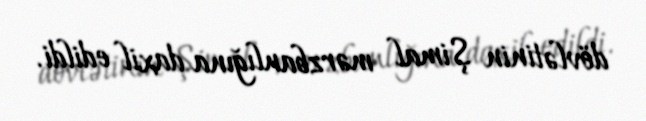
dövlətinin Şimal mərzbanlığına daxil edildi.